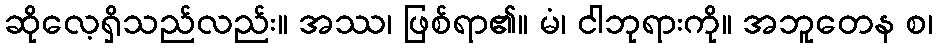
ဆိုလေ့ရှိသည်လည်း။ အဿ၊ ဖြစ်ရာ၏။ မံ၊ ငါဘုရားကို။ အဘူတေန စ၊